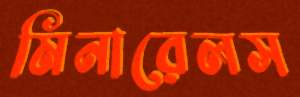
মিনারেলস